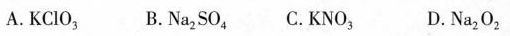
A.KClO_{3} B.Na_{2}SO_{4} C.KNO_{3} D.Na_{2}O_{2}